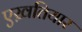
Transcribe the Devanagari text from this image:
एख़तियार